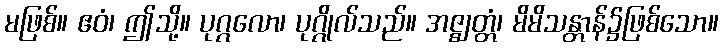
မဖြစ်။ ဧဝံ၊ ဤသို့။ ပုဂ္ဂလော၊ ပုဂ္ဂိုလ်သည်။ အဇ္ဈတ္တံ၊ မိမိသန္တာန်၌ဖြစ်သော။